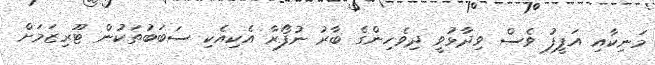
މަނިކާއި އަފީފު ވެސް ވިދާޅުވީ ދިވެހިންގެ ބާރު ނުފޯރާ އެކިއެކި ސަބަބުތަކުން ޓޫރިޒަމަށް